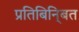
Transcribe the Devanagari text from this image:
प्रतिबिनि्बत